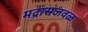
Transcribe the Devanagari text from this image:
मद्रासजवळ